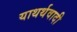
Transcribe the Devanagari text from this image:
याथर्थवादी